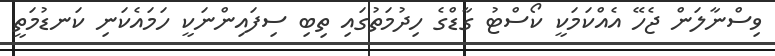
ވިސްނާލަން ޖެހޭ އެއްކަމަކީ ކޯސްޓު ގާޑްގެ ހިދުމަތުގައި ތިބި ސިފައިންނަކީ ހަމައެކަނި ކަނޑުމަތީ